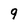
Character: 9